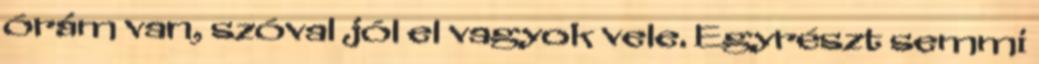
órám van, szóval jól el vagyok vele. Egyrészt semmi